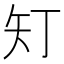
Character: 𭿽